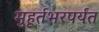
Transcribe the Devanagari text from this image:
मुहूर्तभरपर्यंत